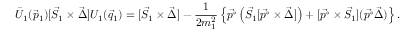
\bar { U } _ { 1 } ( \vec { p } _ { 1 } ) [ \vec { S } _ { 1 } \times \vec { \Delta } ] U _ { 1 } ( \vec { q } _ { 1 } ) = [ \vec { S } _ { 1 } \times \vec { \Delta } ] - \frac { 1 } { 2 m _ { 1 } ^ { 2 } } \left\{ \vec { p ^ { \circ } } \left( \vec { S } _ { 1 } [ \vec { p ^ { \circ } } \times \vec { \Delta } ] \right) + [ \vec { p ^ { \circ } } \times \vec { S } _ { 1 } ] ( \vec { p ^ { \circ } } \vec { \Delta } ) \right\} .